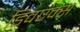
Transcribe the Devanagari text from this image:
डिवएक्स